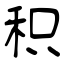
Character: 积